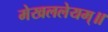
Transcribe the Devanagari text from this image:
मेखललेयम्॥